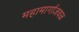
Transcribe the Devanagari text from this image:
महामार्गाजवळ